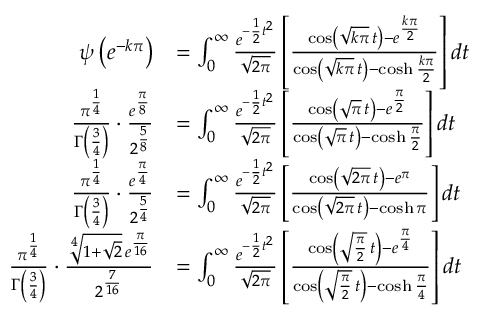
{ \begin{array} { r l } { \psi \left( e ^ { - k \pi } \right) } & { = \int _ { 0 } ^ { \infty } { \frac { e ^ { - { \frac { 1 } { 2 } } t ^ { 2 } } } { \sqrt { 2 \pi } } } \left[ { \frac { \cos \left( { \sqrt { k \pi } } \, t \right) - e ^ { \frac { k \pi } { 2 } } } { \cos \left( { \sqrt { k \pi } } \, t \right) - \cosh { \frac { k \pi } { 2 } } } } \right] d t } \\ { { \frac { \pi ^ { \frac { 1 } { 4 } } } { \Gamma \left( { \frac { 3 } { 4 } } \right) } } \cdot { \frac { e ^ { \frac { \pi } { 8 } } } { 2 ^ { \frac { 5 } { 8 } } } } } & { = \int _ { 0 } ^ { \infty } { \frac { e ^ { - { \frac { 1 } { 2 } } t ^ { 2 } } } { \sqrt { 2 \pi } } } \left[ { \frac { \cos \left( { \sqrt { \pi } } \, t \right) - e ^ { \frac { \pi } { 2 } } } { \cos \left( { \sqrt { \pi } } \, t \right) - \cosh { \frac { \pi } { 2 } } } } \right] d t } \\ { { \frac { \pi ^ { \frac { 1 } { 4 } } } { \Gamma \left( { \frac { 3 } { 4 } } \right) } } \cdot { \frac { e ^ { \frac { \pi } { 4 } } } { 2 ^ { \frac { 5 } { 4 } } } } } & { = \int _ { 0 } ^ { \infty } { \frac { e ^ { - { \frac { 1 } { 2 } } t ^ { 2 } } } { \sqrt { 2 \pi } } } \left[ { \frac { \cos \left( { \sqrt { 2 \pi } } \, t \right) - e ^ { \pi } } { \cos \left( { \sqrt { 2 \pi } } \, t \right) - \cosh \pi } } \right] d t } \\ { { \frac { \pi ^ { \frac { 1 } { 4 } } } { \Gamma \left( { \frac { 3 } { 4 } } \right) } } \cdot { \frac { { \sqrt [ { 4 } ] { 1 + { \sqrt { 2 } } } } \, e ^ { \frac { \pi } { 1 6 } } } { 2 ^ { \frac { 7 } { 1 6 } } } } } & { = \int _ { 0 } ^ { \infty } { \frac { e ^ { - { \frac { 1 } { 2 } } t ^ { 2 } } } { \sqrt { 2 \pi } } } \left[ { \frac { \cos \left( { \sqrt { \frac { \pi } { 2 } } } \, t \right) - e ^ { \frac { \pi } { 4 } } } { \cos \left( { \sqrt { \frac { \pi } { 2 } } } \, t \right) - \cosh { \frac { \pi } { 4 } } } } \right] d t } \end{array} }